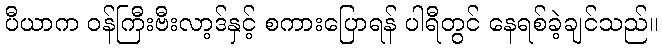
ပီယာက ဝန်ကြီးဗီးလာ့ဒ်နှင့် စကားပြောရန် ပါရီတွင် နေရစ်ခဲ့ချင်သည်။